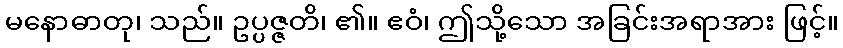
မနောဓာတု၊ သည်။ ဥပ္ပဇ္ဇတိ၊ ၏။ ဧဝံ၊ ဤသို့သော အခြင်းအရာအား ဖြင့်။